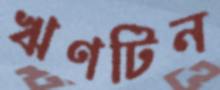
ঋণটিন